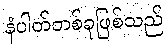
နံပါတ်တစ်ခုဖြစ်သည်